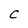
Character: c